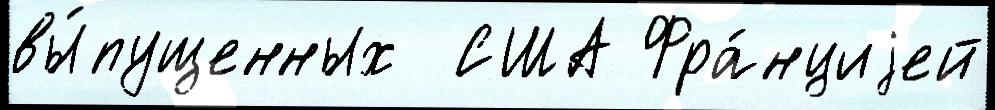
вы́пущенных  США Фра́нциjей